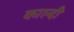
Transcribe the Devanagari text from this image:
काल्दी